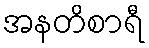
အနတိစာရီ